Malarial fevers
Disease focus: Malaria
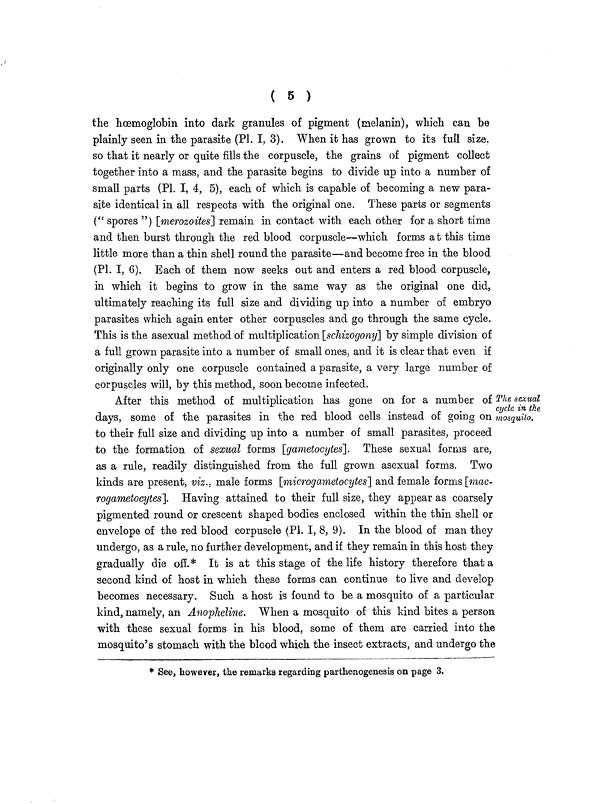
( 5 )
the haemoglobin into dark granules of pigment (melanin), which can be
plainly seen in the parasite (Pl. I, 3). When it has grown to its full size,
so that it nearly or quite fills the corpuscle, the grains of pigment collect
together into a mass, and the parasite begins to divide up into a number of
small parts (PL I, 4, 5), each of which is capable of becoming a new para-
site identical in all respects with the original one. These parts or segments
(" spores ") [merozoites] remain in contact with each other for a short time
and then burst through the red blood corpuscle—which forms at this time
little more than a thin shell round the parasite—and become free in the blood
(Pl I, 6). Each of them now seeks out and enters a red blood corpuscle,
in which it begins to grow in the same way as the original one did,
ultimately reaching its full size and dividing up into a number of embryo
parasites which again enter other corpuscles and go through the same cycle.
This is the asexual method of multiplication [schizogony] by simple division of
a full grown parasite into a number of small ones, and it is clear that even if
originally only one corpuscle contained a parasite, a very large number of
corpuscles will, by this method, soon become infected.
The sexual
cycle in the
mosquito.
After this method of multiplication has gone on for a number of
days, some of the parasites in the red blood cells instead of going on
to their full size and dividing up into a number of small parasites, proceed
to the formation of sexual forms [gametocytes]. These sexual forms are,
as a rule, readily distinguished from the full grown asexual forms. Two
kinds are present, viz., male forms [microgametocytes'] and female forms [mac-
rogametocytes]. Having attained to their full size, they appear as coarsely
pigmented round or crescent shaped bodies enclosed within the thin shell or
envelope of the red blood corpuscle (PL I, 8, 9). In the blood of man they
undergo, as a rule, no further development, and if they remain in this host they
gradually die off.* It is at this stage of the life history therefore that a
second kind of host in which these forms can continue to live and develop
becomes necessary. Such a host is found to be a mosquito of a particular
kind, namely, an Anopheline. When a mosquito of this kind bites a person
with these sexual forms in his blood, some of them are carried into the
mosquito's stomach with the blood which the insect extracts, and undergo the
* See, however, the remarks regarding parthenogenesis on page 3.